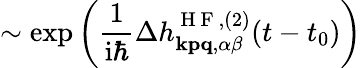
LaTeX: \sim\exp\left(\frac{1}{\mathrm{i}\hbar}\Delta h_{\mathbf{kpq},\alpha\beta}^{\mathrm{~H~F~},(2)}(t-t_{0})\right)